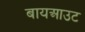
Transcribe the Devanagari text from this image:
बायआउट